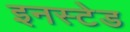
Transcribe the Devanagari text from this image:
इनस्टेड